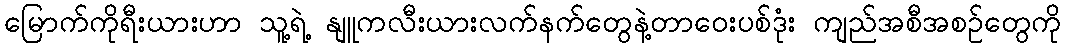
မြောက်ကိုရီးယားဟာ သူ့ရဲ့ နျူကလီးယားလက်နက်တွေနဲ့တာဝေးပစ်ဒုံး ကျည်အစီအစဉ်တွေကို